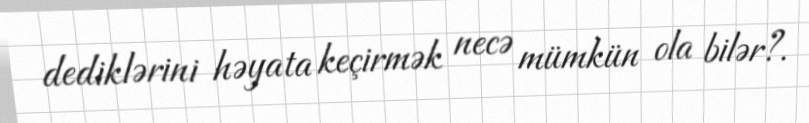
dediklərini həyata keçirmək necə mümkün ola bilər?.